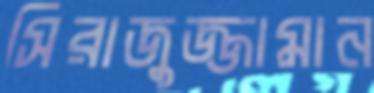
সিরাজুজ্জামান